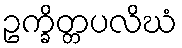
ဥက္ခိတ္တပလိဃံ